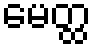
မေတ္ထ